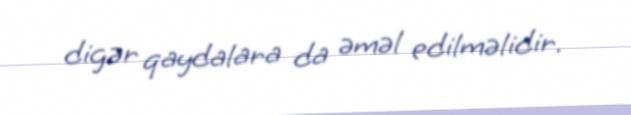
digər qaydalara da əməl edilməlidir.